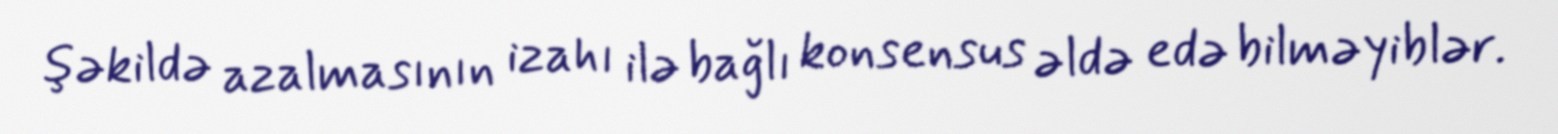
şəkildə azalmasının izahı ilə bağlı konsensus əldə edə bilməyiblər.